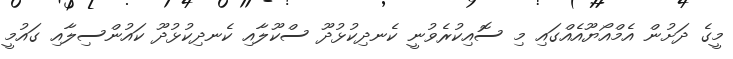
މީގެ ދަށުން އެމްއޯޔޫއެއްގައި މި ސޮއިކުރެވުނީ ކެނދިކުޅުދޫ ސްކޫލާއި ކެނދިކުޅުދޫ ކައުންސިލާއި ގައުމީ